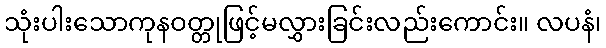
သုံးပါးသောကုနဝတ္တုဖြင့်မလွှားခြင်းလည်းကောင်း။ လပနံ၊